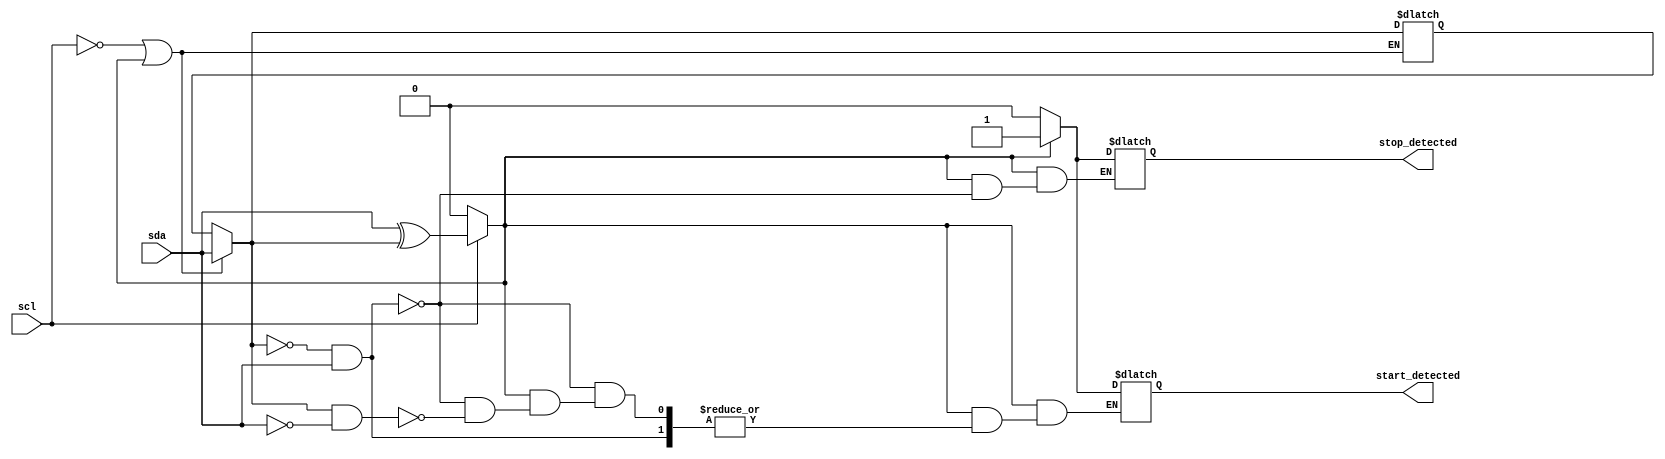
`timescale 1ns / 1ps
//////////////////////////////////////////////////////////////////////////////////
// Company: 
// Engineer: 
// 
// Design Name: 
// Module Name:    Start_Stop_Detector 
// Project Name: 
// Target Devices: 
// Tool versions: 
// Description: 
//
// Dependencies: 
//
// Revision: 
// Revision 0.01 - File Created
// Additional Comments: 
//
//////////////////////////////////////////////////////////////////////////////////
module Start_Stop_Detector(
    input scl,
    input sda,
    output reg start_detected,
    output reg stop_detected
    );

reg sda_shadow;
reg start_or_stop;

initial
begin
// Clear the Output and internal Registers
start_or_stop = 0;
start_detected = 0;
stop_detected = 0;
end

always@(scl or sda)
begin
	// Add the code for Start Stop bit Detector
	sda_shadow = (~scl | start_or_stop) ? sda : sda_shadow;
	start_or_stop = ~scl ? 1'b0 : (sda ^ sda_shadow);
	
	if(start_or_stop == 1'b1)
	begin
		// Start or Stop Condition is detected
		// Therefore two possibilities are there
		//	sda_shadow = 0 & sda = 1	=> Stop Condition
		//	sda_shadow = 1 & sda = 0	=> Start Condition
		if(sda_shadow == 1'b0 && sda == 1'b1)
		begin
			// Stop Condition
			stop_detected = 1'b1;
		end

		else if(sda_shadow == 1'b1 && sda == 1'b0)
		begin
			// Start Condition
			start_detected = 1'b1;
		end
	end
	else
	begin
		// Clear the both condition
		start_detected = 1'b0;
		stop_detected = 1'b0;
	end
end	// always end

endmodule